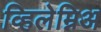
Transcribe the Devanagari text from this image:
व्हिलेम्निअ